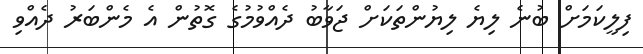
ފިލީކަމަށް ބުނެ ލިޔެ ލިޔުންތަކަށް ޖަވާބު ދެއްވުމުގެ ގޮތުން އެ މެންބަރު ދެއްވި